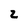
Character: 2